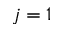
j = 1